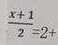
\frac { x + 1 } { 2 } = 2 +